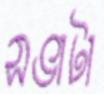
সভাটা